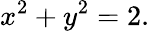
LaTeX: x^{2}+y^{2}=2.